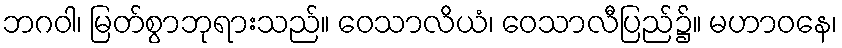
ဘဂဝါ၊ မြတ်စွာဘုရားသည်။ ဝေသာလိယံ၊ ဝေသာလီပြည်၌။ မဟာဝနေ၊